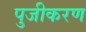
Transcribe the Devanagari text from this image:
पुजीकरण